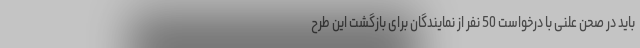
باید در صحن علنی با درخواست 50 نفر از نمایندگان برای بازگشت این طرح